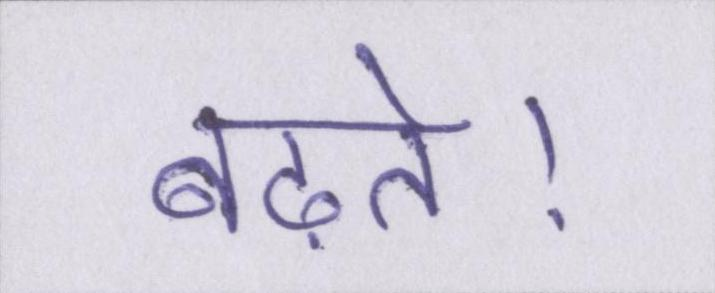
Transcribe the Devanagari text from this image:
बढ़ते।